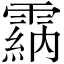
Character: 𩄵